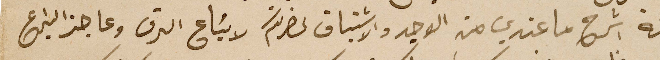
جئة اشرح ما عندي من الوجد والاشتياق لحضرتكم لا يسَاع الرق وعاجز اليراع